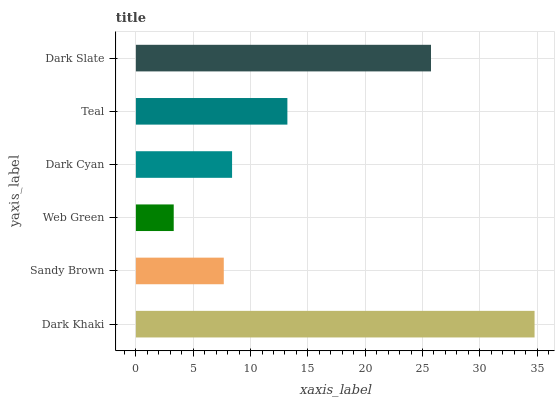
| yaxis_label | bars |
 | --- | --- |
 | Dark Khaki | 34.8 |
 | Sandy Brown | 7.67 |
 | Web Green | 3.3 |
 | Dark Cyan | 8.39 |
 | Teal | 13.2 |
 | Dark Slate | 25.7 |